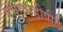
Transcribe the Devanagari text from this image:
एचएसडीपीए